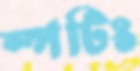
স্পটিং